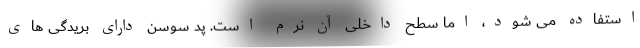
استفاده می شود، اما سطح داخلی آن نرم است. پد سوسن دارای بریدگی های